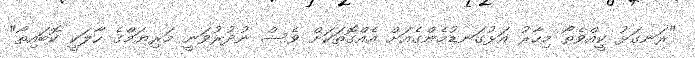
"ރަނގަޅު ކީއްވެތޯ މިހާރު އަޅުގަނޑުމެންގެއަށް އެއްގޮތަކަށް ވެސް ނުދުރުވަނީ މަރިޔަމްގެ ހާލަކީ ކޮބައިތޯ"